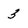
Character: 3